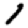
Digit: 1